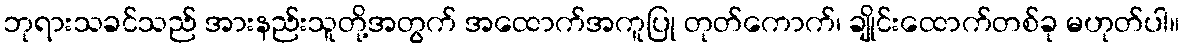
ဘုရားသခင်သည် အားနည်းသူတို့အတွက် အထောက်အကူပြု တုတ်ကောက်၊ ချိုင်းထောက်တစ်ခု မဟုတ်ပါ။